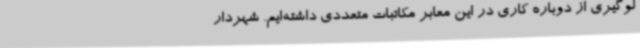
لوگیری از دوباره کاری در این معابر مکاتبات متعددی داشته‌ایم. شهردار